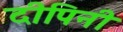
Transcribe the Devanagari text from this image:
दीपिनी